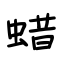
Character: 蜡